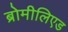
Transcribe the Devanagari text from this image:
ब्रोमीलिएड